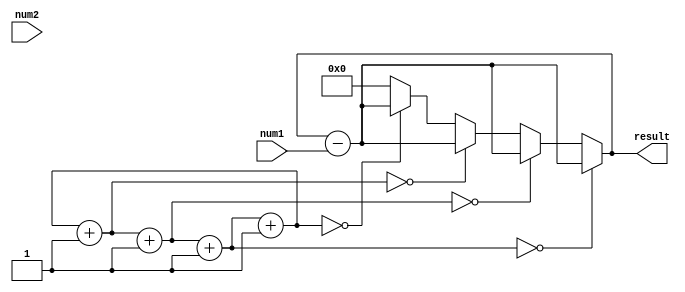
module booth_multiplier (
    input [3:0] num1,
    input [3:0] num2,
    output reg [7:0] result
);

reg [3:0] a;
reg [3:0] q;
reg [1:0] count;

always @(num1 or num2) begin
  a <= num1;
  q <= num2;
  result <= 0;
  count <= 0;
  
  repeat(4) begin
    if(q[0] == 1 && count == 0)
      result <= result + a;
    else if(q[0] == 0 && count == 0)
      result <= result - a;
    
    if(q[0:1] == 2'b01)
      q <= q - a;
    else if(q[0:1] == 2'b10)
      q <= q + a;
    
    q = q >> 1;
    count = count + 1;
  end
end

endmodule